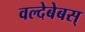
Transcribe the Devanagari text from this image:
वल्देबेबस्